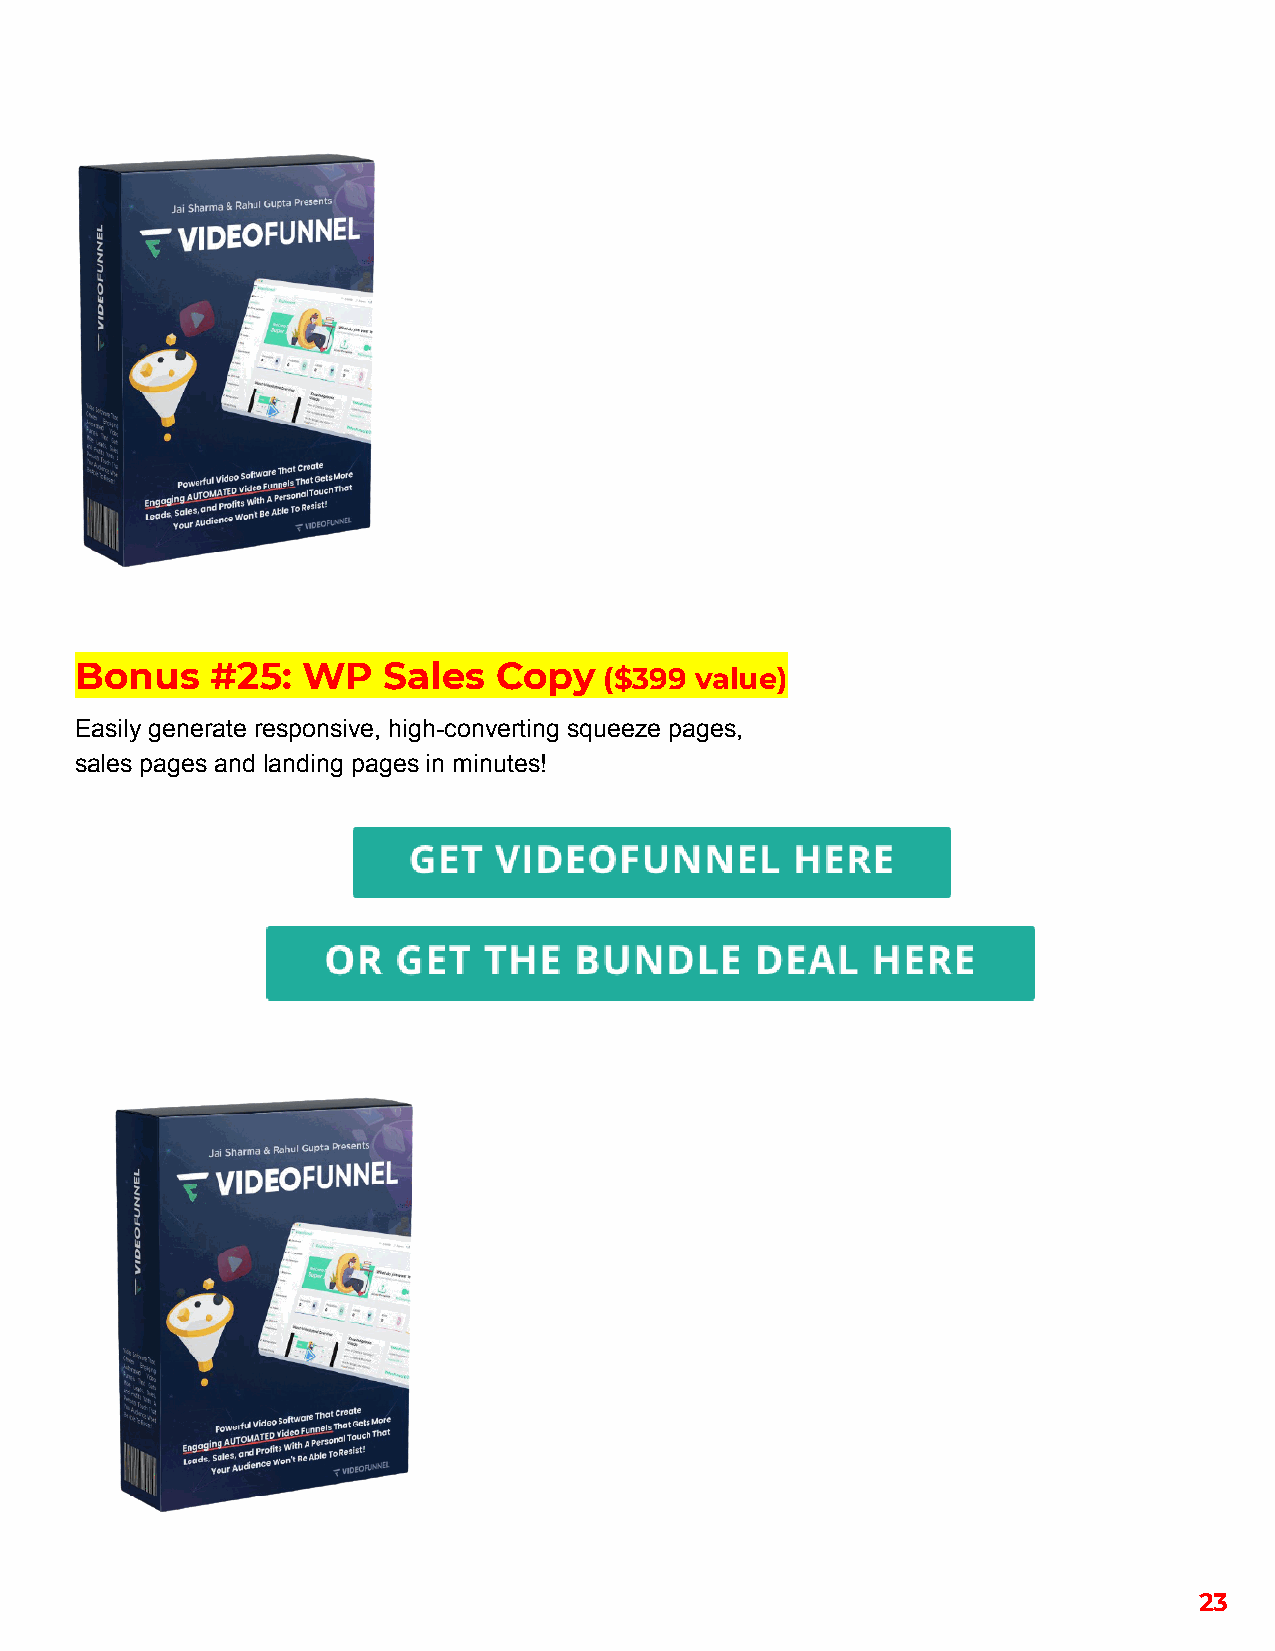
Bonus    #25:  WP   Sales   Copy   ($399 value)
 Easily generate responsive, high-converting squeeze pages,
 sales pages and landing pages in minutes!
 23